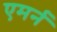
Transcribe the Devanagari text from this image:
एमर्न